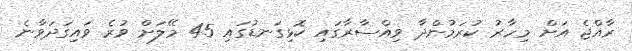
ރާއްޖެ އަށް މިހާރު ކުރަމުންދާ ވިއްސާރާގައި ކޮޅިގަނޑުގައި 45 މޭލަށް ވުރެ ވައިގަދަވާނެ